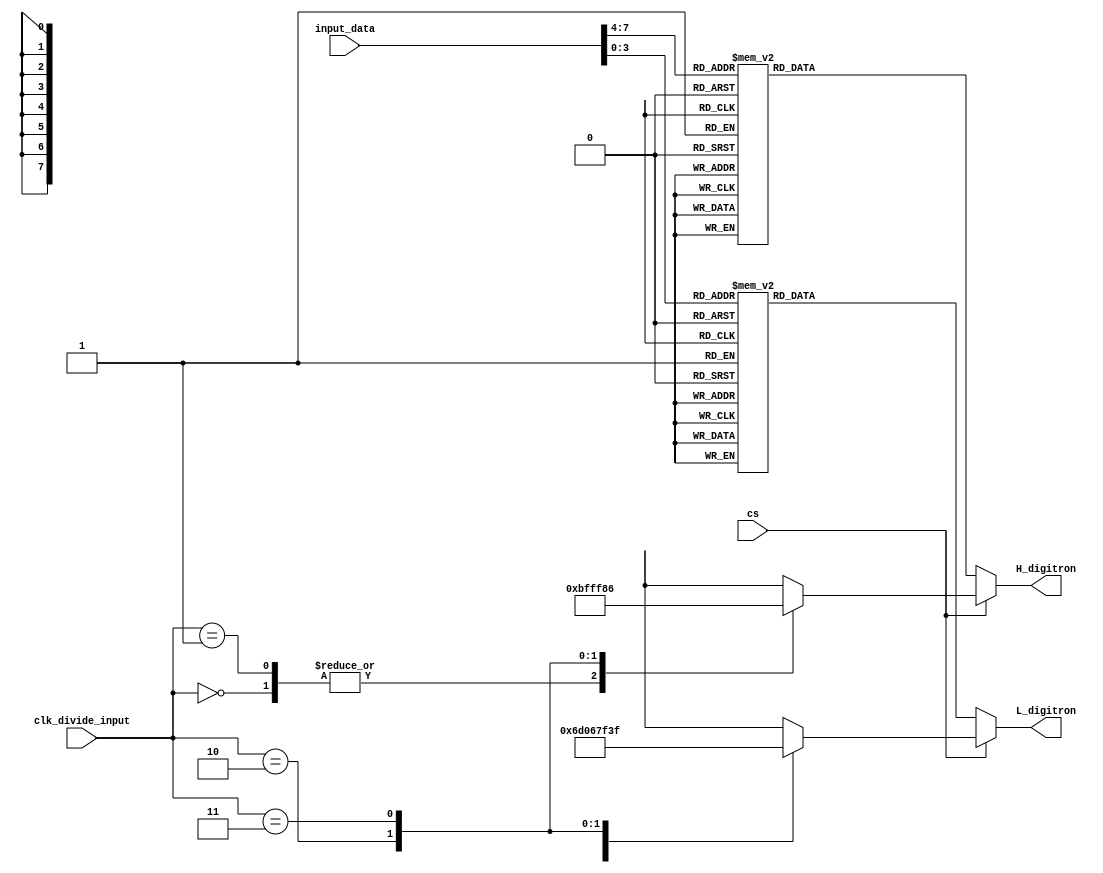
module input_display(input_data, H_digitron, L_digitron, cs, clk_divide_input);
  input cs;
  input[1:0] clk_divide_input;
  input[7:0] input_data;
  output[7:0] H_digitron, L_digitron;
  
  reg[7:0] H_digitron, L_digitron;
  
  always @ (input_data or cs or clk_divide_input)
    begin
	  if(!cs)
		begin
          case(input_data[7:4])
            4'd0: H_digitron = 8'h3f;
            4'd1: H_digitron = 8'h06;
            4'd2: H_digitron = 8'h5b;
            4'd3: H_digitron = 8'h4f;
            4'd4: H_digitron = 8'h66;
            4'd5: H_digitron = 8'h6d;
            4'd6: H_digitron = 8'h7d;
            4'd7: H_digitron = 8'h07;
            4'd8: H_digitron = 8'h7f;
            4'd9: H_digitron = 8'h67;
            4'd10: H_digitron = 8'b01110111;
            4'd11: H_digitron = 8'b01111100;
            4'd12: H_digitron = 8'b00111001;
            4'd13: H_digitron = 8'b01011110;
            4'd14: H_digitron = 8'b01111001;
            4'd15: H_digitron = 8'b01110001;
            default: H_digitron = 8'h80;
          endcase
      
          case(input_data[3:0])
            4'd0: L_digitron = 8'h3f;
            4'd1: L_digitron = 8'h06;
            4'd2: L_digitron = 8'h5b;
            4'd3: L_digitron = 8'h4f;
            4'd4: L_digitron = 8'h66;
            4'd5: L_digitron = 8'h6d;
            4'd6: L_digitron = 8'h7d;
            4'd7: L_digitron = 8'h07;
            4'd8: L_digitron = 8'h7f;
            4'd9: L_digitron = 8'h67;
            4'd10: L_digitron = 8'b01110111;
            4'd11: L_digitron = 8'b01111100;
            4'd12: L_digitron = 8'b00111001;
            4'd13: L_digitron = 8'b01011110;
            4'd14: L_digitron = 8'b01111001;
            4'd15: L_digitron = 8'b01110001;
            default: L_digitron = 8'h80;
          endcase
        end
	  else
		begin
		  case(clk_divide_input)
		    2'b00: //6000000 0.5
			  begin
				H_digitron = 8'hbf;
				L_digitron = 8'h6d;
			  end
		    2'b01: //1200000 0.1
			  begin
				H_digitron = 8'hbf;
				L_digitron = 8'h06;
			  end
		    2'b10: //8
			  begin
				H_digitron = 8'hff;
				L_digitron = 8'h7f;
			  end
		    2'b11: //12000000 1.0
			  begin
				H_digitron = 8'h86;
				L_digitron = 8'h3f;
			  end
		  endcase
		end
    end
endmodule